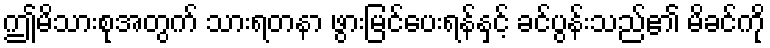
ဤမိသားစုအတွက် သားရတနာ ဖွားမြင်ပေးရန်နှင့် ခင်ပွန်းသည်၏ မိခင်ကို